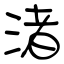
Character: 渚